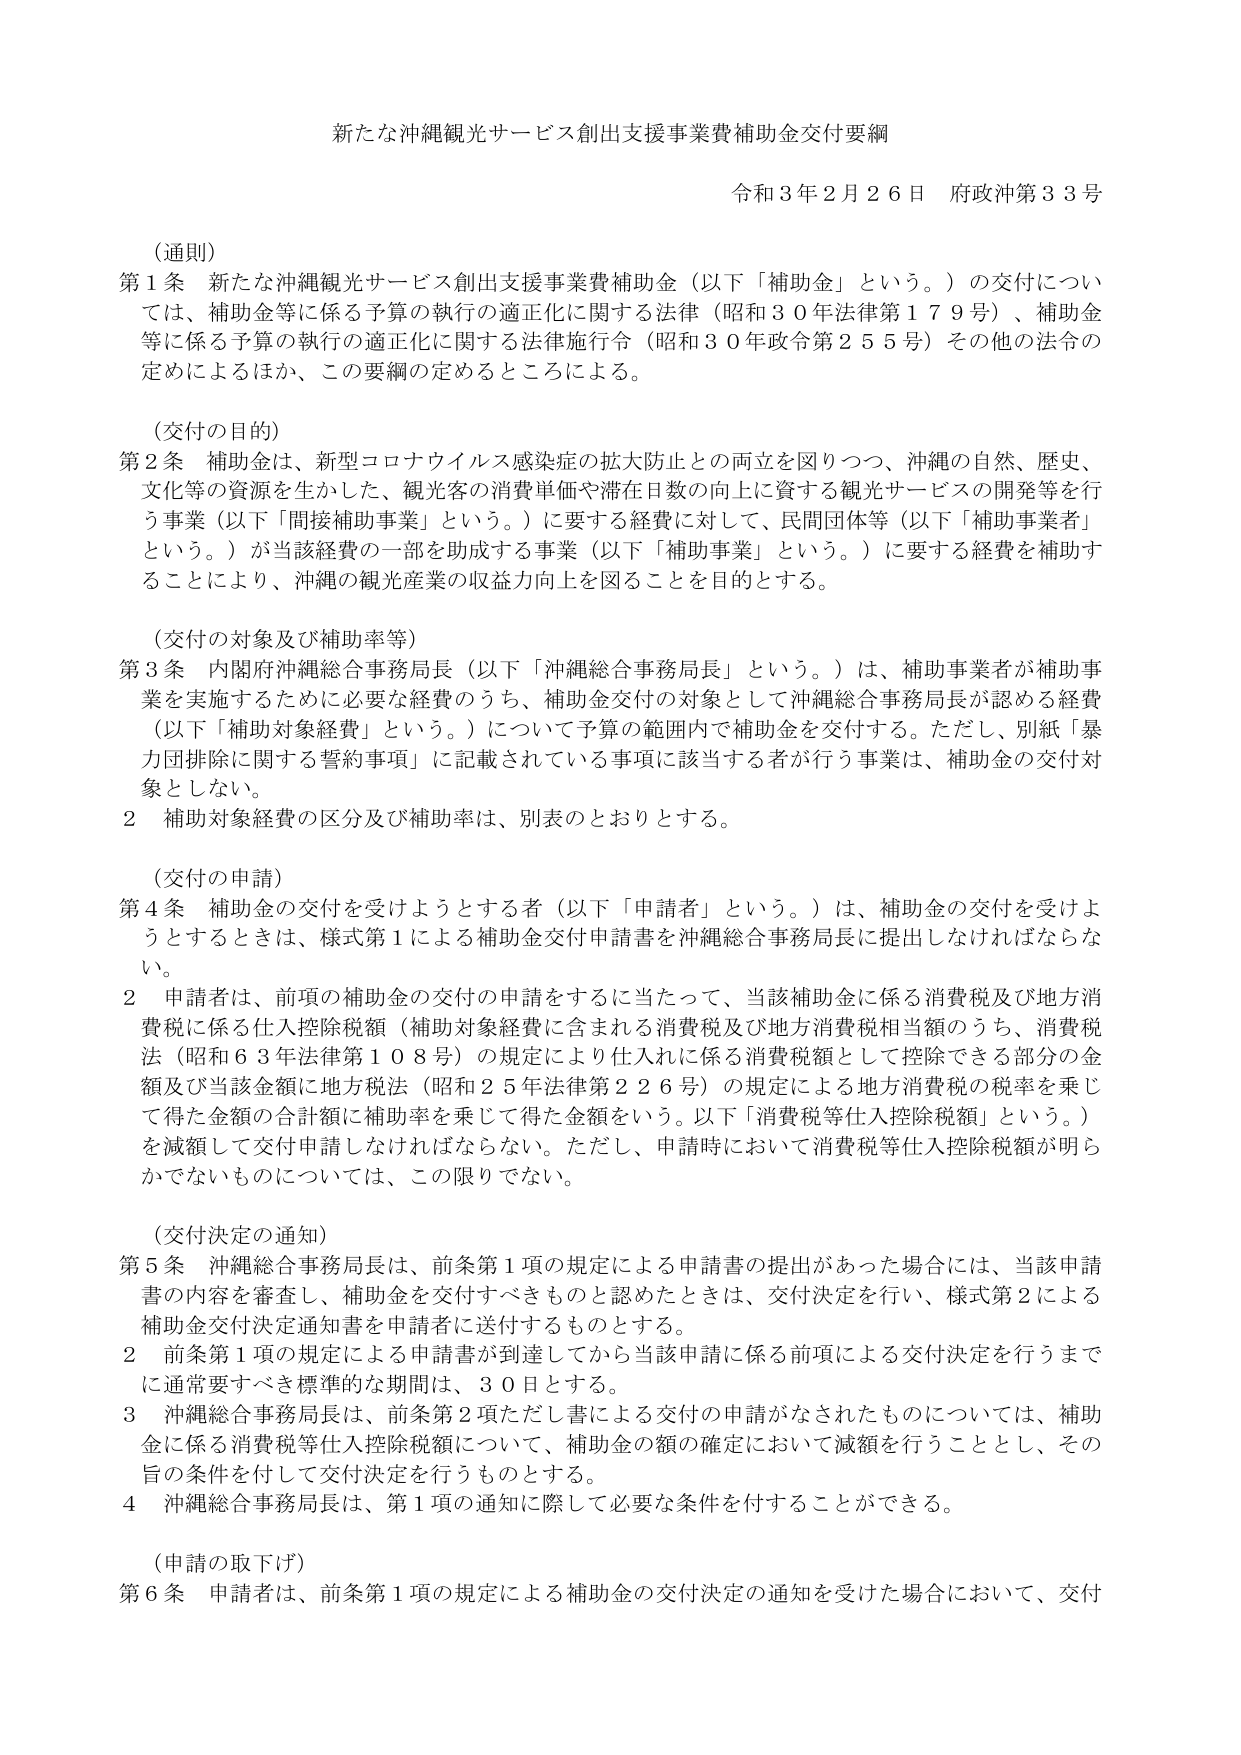
新たな沖縄観光サービス創出支援事業費補助金交付要綱

令和３年２月２６日 府政沖第３３号

（通則）
第１条 新たな沖縄観光サービス創出支援事業費補助金（以下「補助金」という。）の交付については、補助金等に係る予算の執行の適正化に関する法律（昭和３０年法律第１７９号）、補助金等に係る予算の執行の適正化に関する法律施行令（昭和３０年政令第２５５号）その他の法令の定めによるほか、この要綱の定めるところによる。

（交付の目的）
第２条 補助金は、新型コロナウイルス感染症の拡大防止との両立を図りつつ、沖縄の自然、歴史、文化等の資源を生かした、観光客の消費単価や滞在日数の向上に資する観光サービスの開発等を行う事業（以下「間接補助事業」という。）に要する経費に対して、民間団体等（以下「補助事業者」という。）が当該経費の一部を助成する事業（以下「補助事業」という。）に要する経費を補助することにより、沖縄の観光産業の収益力向上を図ることを目的とする。

（交付の対象及び補助率等）
第３条 内閣府沖縄総合事務局長（以下「沖縄総合事務局長」という。）は、補助事業者が補助事業を実施するために必要な経費のうち、補助金交付の対象として沖縄総合事務局長が認める経費（以下「補助対象経費」という。）について予算の範囲内で補助金を交付する。ただし、別紙「暴力団排除に関する誓約事項」に記載されている事項に該当する者が行う事業は、補助金の交付対象としない。
２ 補助対象経費の区分及び補助率は、別表のとおりとする。

（交付の申請）
第４条 補助金の交付を受けようとする者（以下「申請者」という。）は、補助金の交付を受けようとするときは、様式第１による補助金交付申請書を沖縄総合事務局長に提出しなければならない。
２ 申請者は、前項の補助金の交付の申請をするに当たって、当該補助金に係る消費税及び地方消費税に係る仕入控除税額（補助対象経費に含まれる消費税及び地方消費税相当額のうち、消費税法（昭和６３年法律第１０８号）の規定により仕入れに係る消費税額として控除できる部分の金額及び当該金額に地方税法（昭和２５年法律第２２６号）の規定による地方消費税の税率を乗じて得た金額の合計額に補助率を乗じて得た金額をいう。以下「消費税等仕入控除税額」という。）を減額して交付申請しなければならない。ただし、申請時において消費税等仕入控除税額が明らかでないものについては、この限りでない。

（交付決定の通知）
第５条 沖縄総合事務局長は、前条第１項の規定による申請書の提出があった場合には、当該申請書の内容を審査し、補助金を交付すべきものと認めたときは、交付決定を行い、様式第２による補助金交付決定通知書を申請者に送付するものとする。
２ 前条第１項の規定による申請書が到達してから当該申請に係る前項による交付決定を行うまでに通常要すべき標準的な期間は、３０日とする。
３ 沖縄総合事務局長は、前条第２項ただし書による交付の申請がなされたものについては、補助金に係る消費税等仕入控除税額について、補助金の額の確定において減額を行うこととし、その旨の条件を付して交付決定を行うものとする。
４ 沖縄総合事務局長は、第１項の通知に際して必要な条件を付することができる。

（申請の取下げ）
第６条 申請者は、前条第１項の規定による補助金の交付決定の通知を受けた場合において、交付